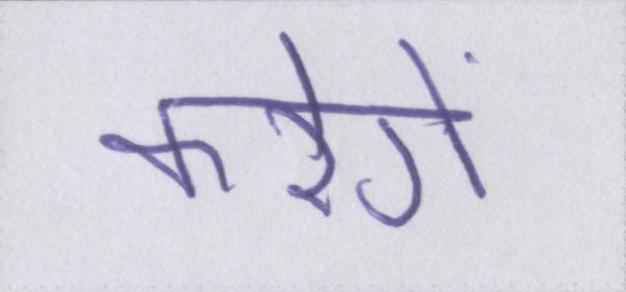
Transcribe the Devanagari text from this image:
करेगें